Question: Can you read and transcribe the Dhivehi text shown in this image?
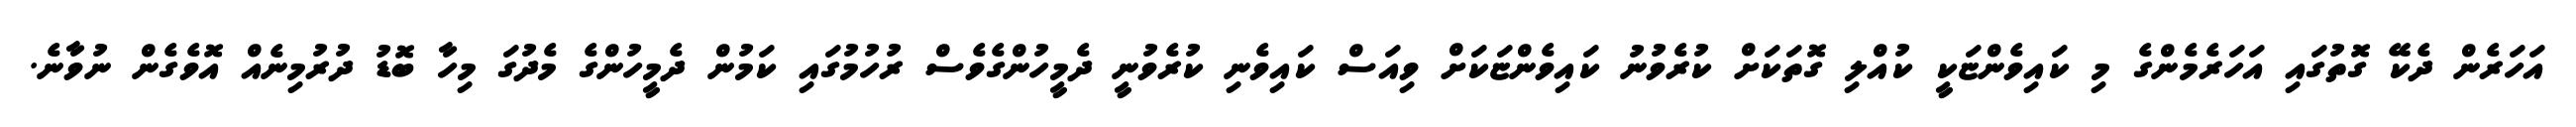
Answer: އަހަރެން ދެކޭ ގޮތުގައި އަހަރެމެންގެ މި ކައިވެންޏަކީ ކުއްލި ގޮތަކަށް ކުރެވުނު ކައިވެންޏަކަށް ވިއަސް ކައިވެނި ކުރެވުނީ ދެމީހުންގެވެސް ރުހުމުގައި ކަމުން ދެމީހުންގެ މެދުގަ މިހާ ބޮޑު ދުރުމިނެއް އޮވެގެން ނުވާނެ.